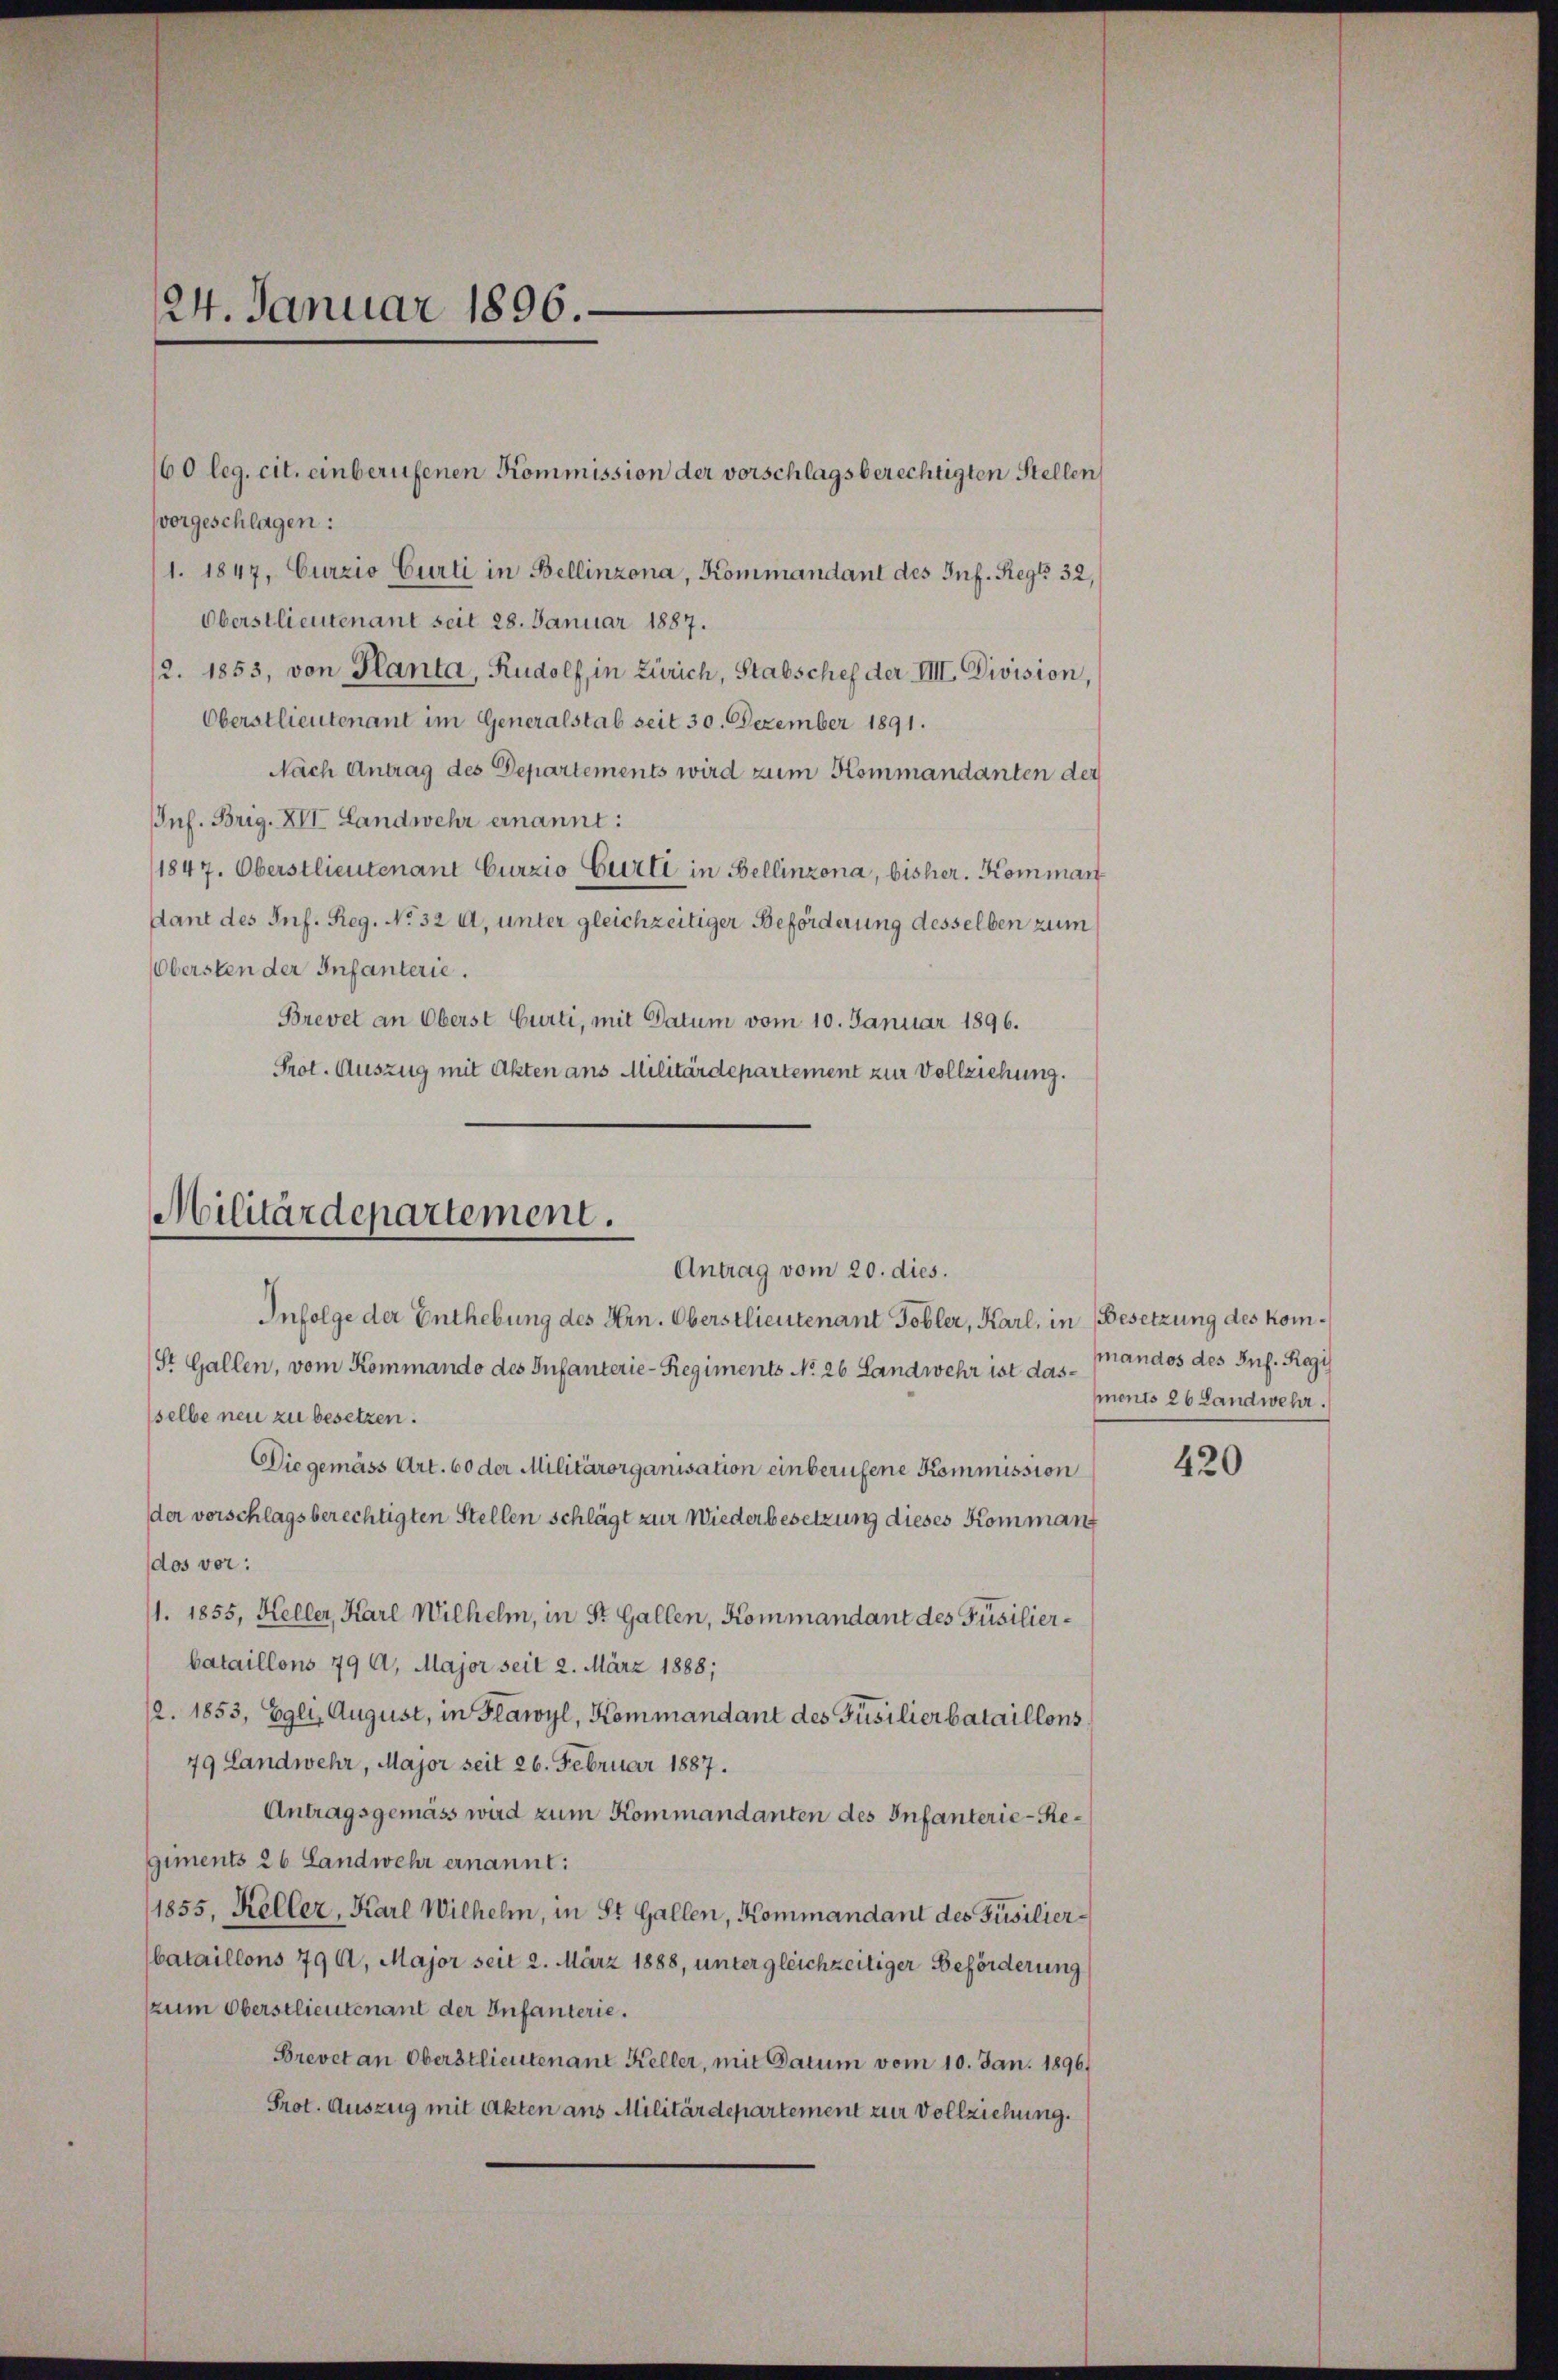
24. Januar 1896.

vorgeschlagen:
1. 1847, Curzio Curti in Bellinzona, Kommandant des Inf. Reg. 32,
Oberstlieutenant seit 28. Januar 1887.
2. 1853, von Planta, Rudolf, in Zürich, Stabschef der VIII. Division,
Oberstlieutenant im Generalstab seit 30. Dezember 1891.
Nach Antrag des Departements wird zum Kommandanten der
Inf. Brig. XII. Landwehr ernannt:
1847. Oberstlieutenant Curzio Gurti in Bellinzona, bisher. Komman
dant des Inf. Reg. No 32 Al. unter gleichzeitiger Beförderung desselben zum
Obersten der Infanterie.
Brevet an Oberst Curti, mit Datum vom 10. Januar 1896.
Prot. Auszug mit Akten ans Militärdepartement zur Vollziehung.

160 leg. cit. einberufenen Kommission der vorschlagsberechtigten Stellen

Militärdepartement.
Antrag vom 20. dies.
Infolge der Enthebung des Hrn. Oberstlieutenant Tobler, Karl, in Besetzung des kom¬

St. Gallen, vom Kommando des Infanterie-Regiments No 26. Landwehr ist das Mandos des Inf. Regi
sselbe neu zu besetzen.
Die gemäss Art. 60 der Militärorganisation einberufene Kommission
der vorschlagsberechtigten Stellen schlägt zur Wiederbesetzung dieses Komman
dos vor:
11. 1855, Keller, Karl Wilhelm, in St. Gallen, Kommandant des Füsilierbataillons 79 A. Major seit 2. März 1888;
12. 1853, Egli, August, in Flawyl, Kommandant des Füsilierbataillons
79 Landwehr, Major seit 26. Februar 1887.
Antragsgemäss wird zum Kommandanten des Infanterie-Regiments 26 Landwehr ernannt:
1855, Keller, Karl Wilhelm, in St. Gallen, Kommandant des Füsilier-
bataillons 79 A. Major seit 2. März 1888, unter gleichzeitiger Beförderung
zum Oberstlieutenant der Infanterie.
Brevet an Oberstlieutenant Keller, mit Datum vom 10. Jan. 1896.
Prot. Auszug mit Akten aus Militärdepartement zur Vollziehung.

ments 26 Landwehr.

420